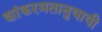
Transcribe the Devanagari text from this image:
शांकरमतानुयायी